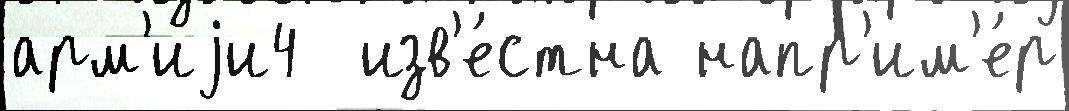
арм'иjи4  изв'е́стна напр'им'е́р